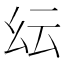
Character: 𢆹